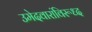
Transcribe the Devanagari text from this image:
उमेदवारांविरूध्द